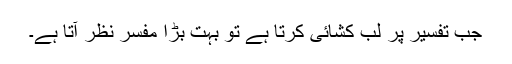
جب تفسیر پر لب کشائی کرتا ہے تو بہت بڑا مفسر نظر آتا ہے۔